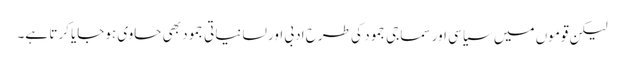
لیکن قوموں میں سیاسی اور سماجی جمود کی طرح ادبی اور لسانیاتی جمود بھی حاوی ہوجایا کرتا ہے۔